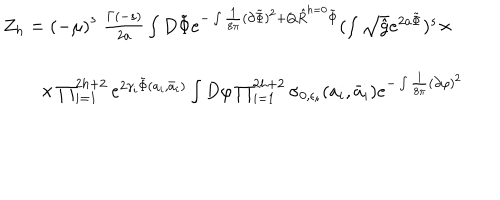
\begin{array} { l } { { Z _ { h } = \left( - \mu \right) ^ { s } \; \frac { \Gamma ( - s ) } { 2 a } \int D \tilde { \Phi } e ^ { - \int \frac { 1 } { 8 \pi } ( \partial \tilde { \Phi } ) ^ { 2 } + Q \hat { R } ^ { h = 0 } \tilde { \Phi } } ( \int \sqrt { \hat { g } } e ^ { 2 a \tilde { \Phi } } ) ^ { s } \times } } \\ { { \nonumber } } \\ { { \qquad \times \prod _ { i = 1 } ^ { 2 h + 2 } e ^ { 2 \gamma _ { i } \tilde { \Phi } ( a _ { i } , \bar { a } _ { i } ) } \int D \varphi \prod _ { i = 1 } ^ { 2 h + 2 } \sigma _ { 0 , \epsilon _ { i } } ( a _ { i } , \bar { a } _ { i } ) e ^ { - \int \frac { 1 } { 8 \pi } ( \partial \varphi ) ^ { 2 } } } } \\ \end{array}